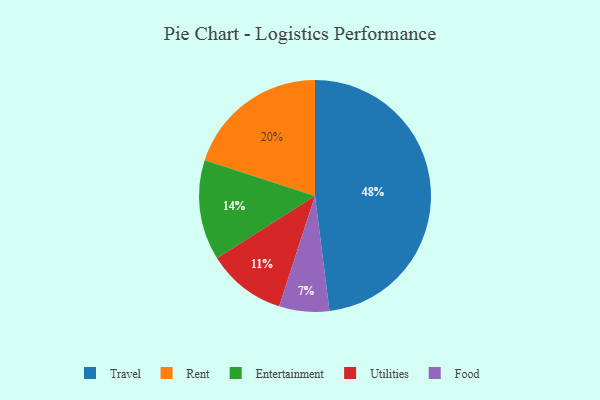
{"axis": {"x": "Category", "y": "Percentage"}, "legend": ["Entertainment", "Food", "Rent", "Travel", "Utilities"], "data": [{"x": "Entertainment", "y": 14, "type": "Entertainment"}, {"x": "Utilities", "y": 11, "type": "Utilities"}, {"x": "Food", "y": 7, "type": "Food"}, {"x": "Travel", "y": 48, "type": "Travel"}, {"x": "Rent", "y": 20, "type": "Rent"}]}